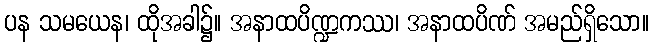
ပန သမယေန၊ ထိုအခါ၌။ အနာထပိဏ္ဍကဿ၊ အနာထပိဏ် အမည်ရှိသော။